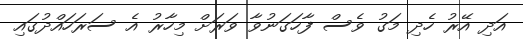
އަދި އޭރު ހެދި މަގު ވެސް ފާހަގަނުވާ ވަރަށް މިހާރު އެ ސަރަހައްދުގައި